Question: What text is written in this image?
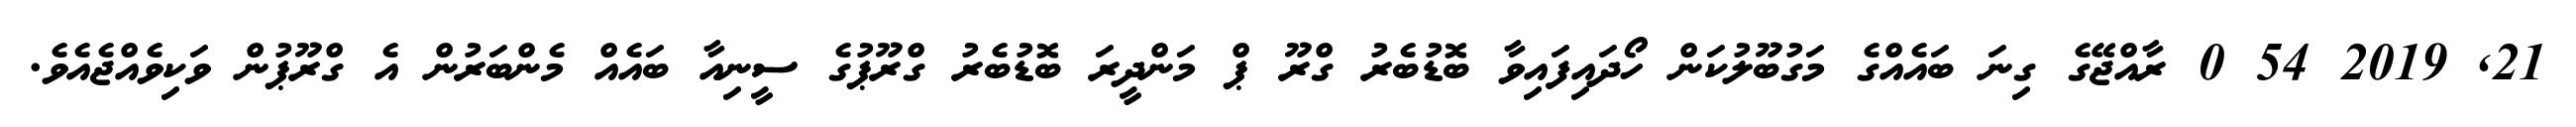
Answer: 21, 2019 54 0 ރާއްޖޭގެ ގިނަ ބައެއްގެ މަގުބޫލުކަން ހޯދައިފައިވާ ބޮޑުބެރު ގްރޫ ޕް މަންދީރަ ބޮޑުބެރު ގްރޫޕުގެ ސީނިއާ ބައެއް މެންބަރުން އެ ގްރޫޕުން ވަކިވެއްޖެއެވެ.